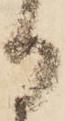
る